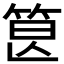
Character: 𥭷